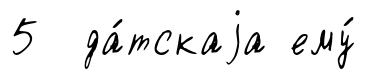
5 да́тскаjа ему́